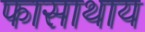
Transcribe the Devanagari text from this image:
फासाथाय